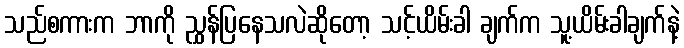
သည်စကားက ဘာကို ညွှန်ပြနေသလဲဆိုတော့ သင့်ယိမ်းခါ ချက်က သူ့ယိမ်းခါချက်နဲ့